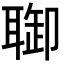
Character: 𦖐